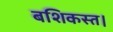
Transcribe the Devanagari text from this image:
बशिकस्त।